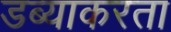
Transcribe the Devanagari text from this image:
डब्याकरता